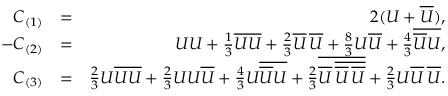
\begin{array} { r l r } { C _ { ( 1 ) } } & { = } & { 2 ( U + \overline { { U } } ) , } \\ { - C _ { ( 2 ) } } & { = } & { U U + \frac { 1 } { 3 } \overline { { U U } } + \frac { 2 } { 3 } \overline { { U } } \, \overline { { U } } + \frac { 8 } { 3 } U \overline { { U } } + \frac { 4 } { 3 } \overline { { \overline { { U } } U } } , } \\ { C _ { ( 3 ) } } & { = } & { \frac { 2 } { 3 } U \overline { { U U } } + \frac { 2 } { 3 } U U \overline { { U } } + \frac { 4 } { 3 } U \overline { { \overline { { U } } U } } + \frac { 2 } { 3 } \overline { { \overline { { U } } \, \overline { { \overline { { U } } \, \overline { { U } } } } } } + \frac { 2 } { 3 } U \overline { { U } } \, \overline { { U } } . } \end{array}